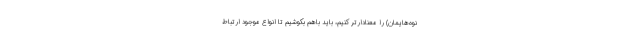
نوه‌هایمان) را معنادارتر کنیم، باید باهم بکوشیم تا انواع موجودِ ارتباط